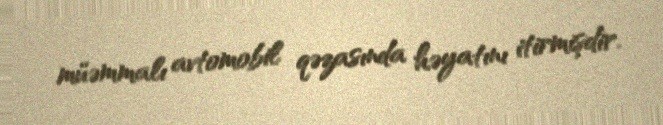
müəmmalı avtomobil qəzasında həyatını itirmişdir.